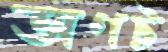
অণট